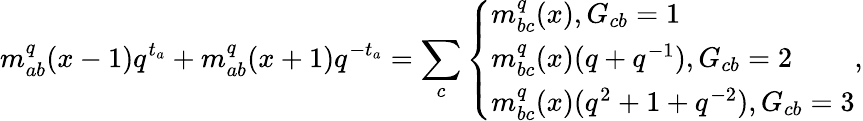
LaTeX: m_{ab}^{q}(x-1)q^{t_{a}}+m_{ab}^{q}(x+1)q^{-t_{a}}=\sum_{c}\left\{ \begin{array}{l}{{m_{bc}^{q}(x),G_{cb}=1}}\\ {{m_{bc}^{q}(x)(q+q^{-1}),G_{cb}=2}}\\ {{m_{bc}^{q}(x)(q^{2}+1+q^{-2}),G_{cb}=3}}\end{array}\right.,